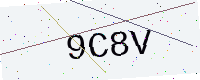
Text: 9C8V